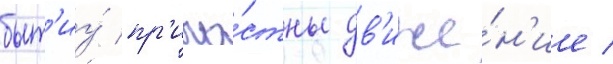
быт'иу́ пр'ича́стны дв'иже́н'ие /